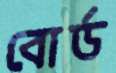
বোর্ড